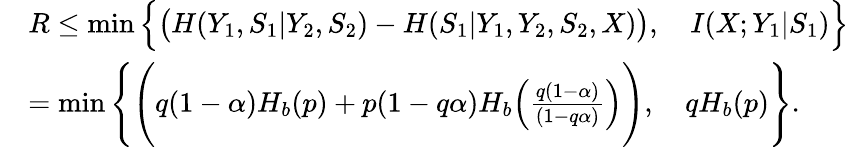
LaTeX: \begin{array}{rl}&{R\leq\operatorname*{min}\Big\{ \big(H(Y_{1},S_{1}|Y_{2},S_{2})-H(S_{1}|Y_{1},Y_{2},S_{2},X)\big),\quad I(X;Y_{1}|S_{1})\Big\} }\\ &{=\operatorname*{min}\Bigg\{ \Bigg(q(1-\alpha)H_{b}(p)+p(1-q\alpha)H_{b}\Big(\frac{q(1-\alpha)}{(1-q\alpha)}\Big)\Bigg),\quad qH_{b}(p)\Bigg\} .}\end{array}